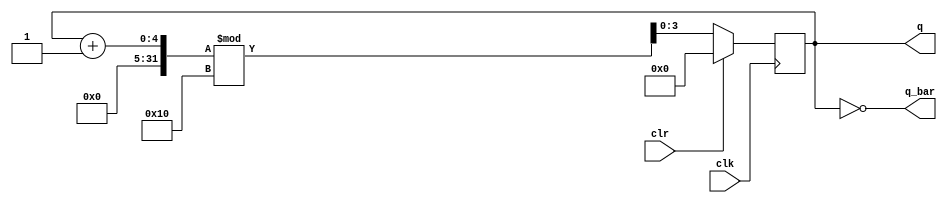
module modNcntr(clk,clr,q,q_bar);
parameter N=4;
parameter count =16;
input clk,clr;
output [N-1:0] q,q_bar;
reg [N-1:0] counter=0;

always @(posedge clk)
begin
if(clr)
 counter <=0;
else 
 counter<=(counter+1) % count;
end

assign q = counter;
assign q_bar = ~counter;

endmodule